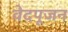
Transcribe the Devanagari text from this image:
वेदपूजन